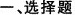
一、选择题